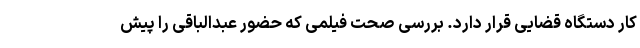
کار دستگاه قضایی قرار دارد. بررسی صحت فیلمی که حضور عبدالباقی را پیش